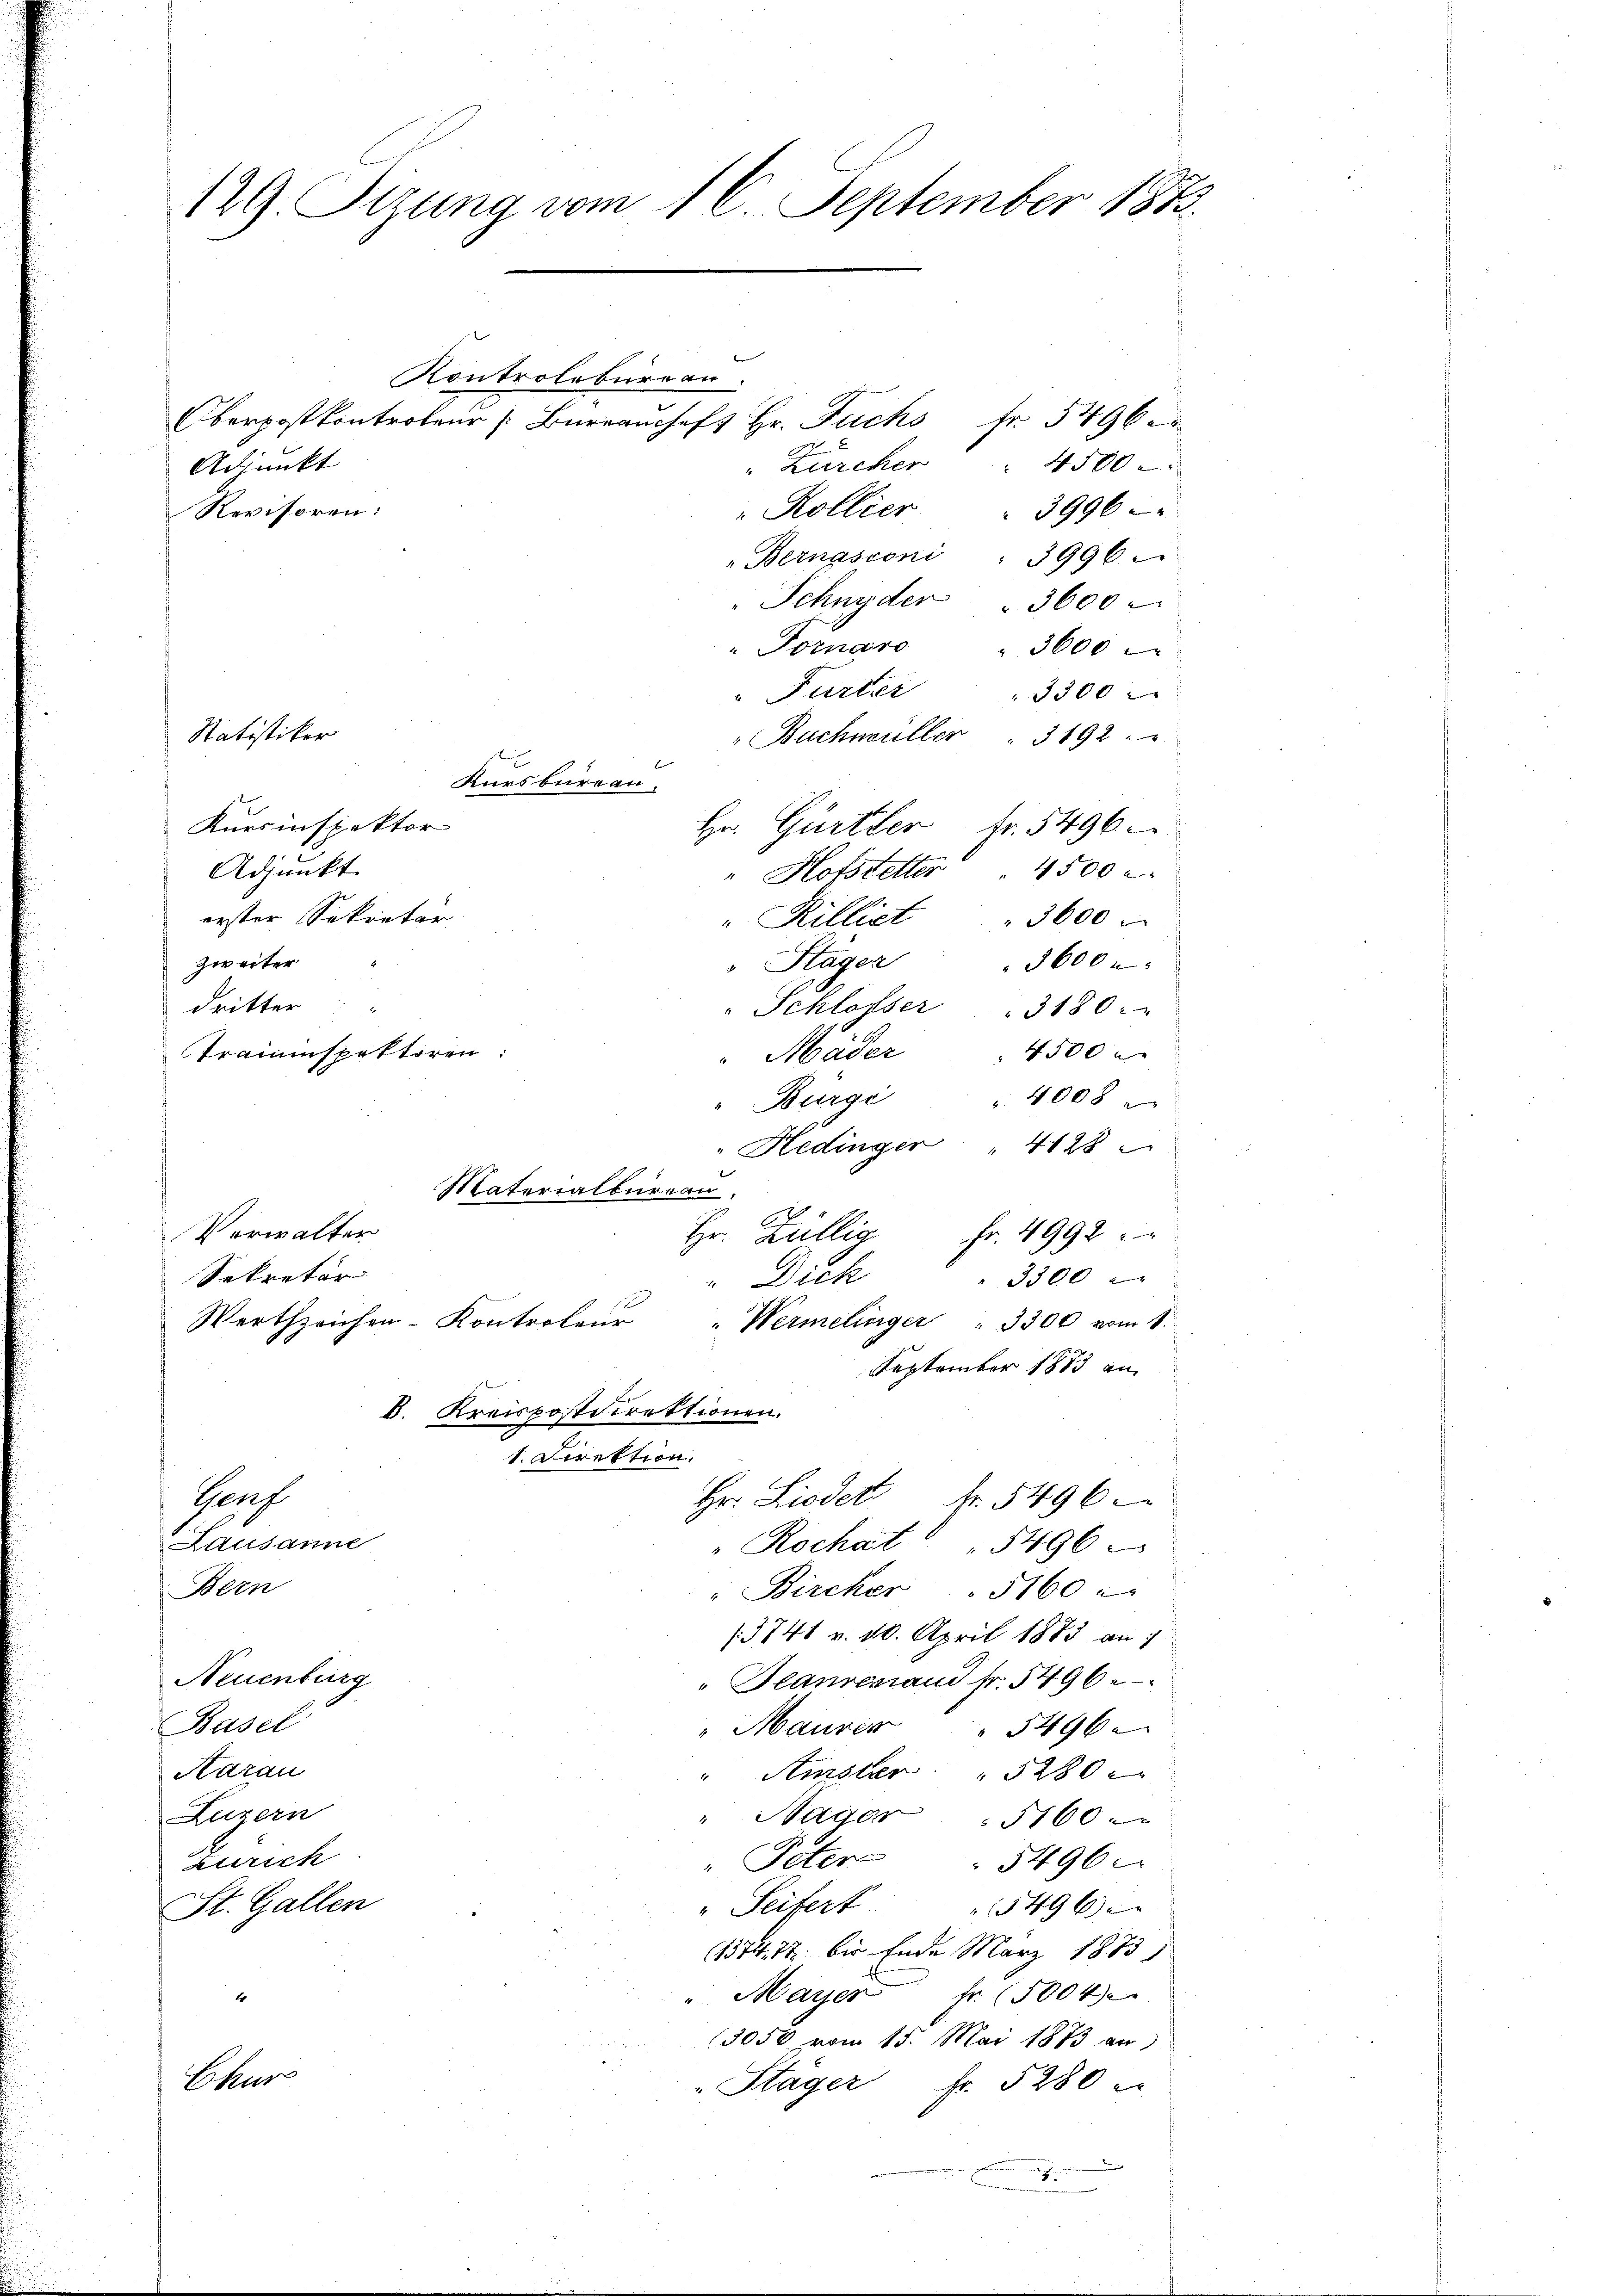
129. Sizung vom 16. September 1873.

Kontrolbureau.
Zürcher 4500
Adjunkt
"Kollier . 3996
Revisoren:
„Bernasconi " 3996
Schnyder " 3600
". Fornaro 3600
" Furter
3300
"Buchwüller " 3192. "
Kursbureau.
Kursinspektor
Hr. Gurter fr. 5496.
Adjunkt
" Hofstetter 4500 r
erster Sekretär
"Rillict " 5600
zweiter
3600
Stägen
dritter
" Schlosser " 3180:
4500
Traininspektoren:
Mäder
"Burgi 4008
" Hedinger " 4128
Materialburgau,
E
Verwalter
Fr. 4992
Hr. Zallig
Sekretär
3300
" Dich
Werthzeichen-Kontroleur
Wermelinger " 3300 vom 1.
September 1883 an
d
k. Kreispostdirektionen.
.
1. Direktion.
Gerf
Hr. Lieder Fr. 5496
Lausanne
" Rochat 1496
Bern
" Bircher " 5160
/3741 v. 10. April 1883 an
Neuenburg
Deannemand fr. 5496.
Basel
" Maurer " 5496.
Aarau
" Amster " 5280
Luzern
" Nager 5160.
lrich
" Peters
5496.
" Seifert. 5496)
St. Gallen
(1314, 17 bis Ende März 1873
" Mayer fr. 5004
E
(3050 vom 15. Mai 1873 an
Chur
Fr. 5280 e
"Stäger

Statistiker

Oberpostkontroleur [Burancheft Hr. Fuchs Nr 5496.